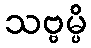
သဗ္ဗမ္ပိ